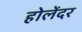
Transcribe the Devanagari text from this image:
होलेंदर